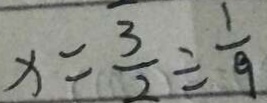
x = \frac { 3 } { 2 } \div \frac { 1 } { 9 }